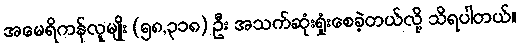
အမေရိကန်လူမျိုး (၅၈,၃၁၈) ဦး အသက်ဆုံးရှုံးစေခဲ့တယ်လို့ သိရပါတယ်။